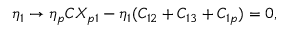
\eta _ { 1 } \rightarrow \eta _ { p } C X _ { p 1 } - \eta _ { 1 } ( C _ { 1 2 } + C _ { 1 3 } + C _ { 1 p } ) = 0 ,